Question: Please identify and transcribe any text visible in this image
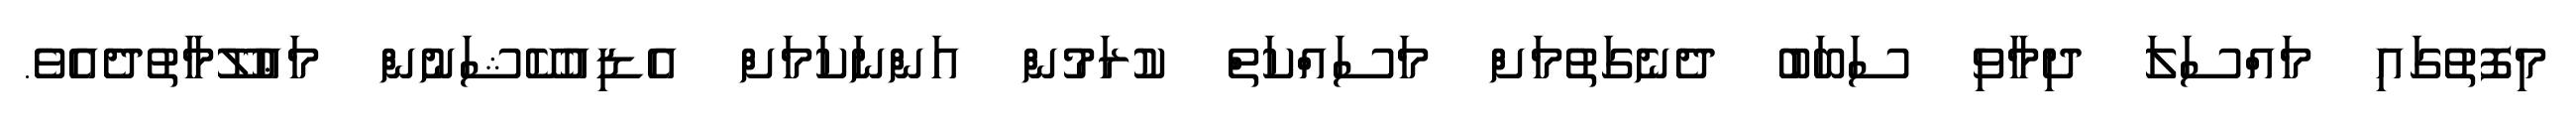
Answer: މިފޮތުގައި މައްސަލަ ދިމާވި ސަބަބު ދެނެގަތުމަށް މަސައްކަތް ކުރަމުން އަންނަކަމަށް އެޑިއުކޭޝަނުން މަޢުލޫމާތުދެއެވެ.